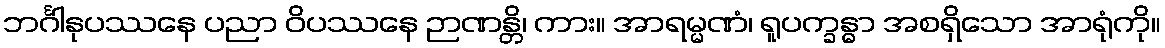
ဘင်္ဂါနုပဿနေ ပညာ ဝိပဿနေ ဉာဏန္တိ၊ ကား။ အာရမ္မဏံ၊ ရူပက္ခန္ဓာ အစရှိသော အာရုံကို။